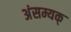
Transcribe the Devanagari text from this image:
अंसम्यक्